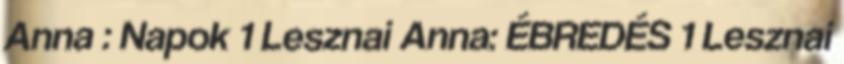
Anna : Napok 1 Lesznai Anna: ÉBREDÉS 1 Lesznai